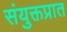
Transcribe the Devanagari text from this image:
संयुक्तप्रात